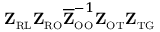
\mathbf { Z } _ { \scriptscriptstyle \mathrm { R } \scriptscriptstyle \mathrm { L } } \mathbf { Z } _ { \scriptscriptstyle \mathrm { R } \scriptscriptstyle \mathrm { O } } \overline { { \mathbf { Z } } } _ { \scriptscriptstyle \mathrm { O } \scriptscriptstyle \mathrm { O } } ^ { - 1 } \mathbf { Z } _ { \scriptscriptstyle \mathrm { O } \scriptscriptstyle \mathrm { T } } \mathbf { Z } _ { \scriptscriptstyle \mathrm { T } \scriptscriptstyle \mathrm { G } }